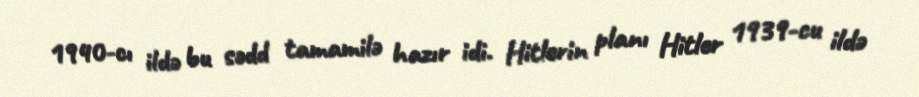
1940-cı ildə bu sədd tamamilə hazır idi. Hitlerin planı Hitler 1939-cu ildə